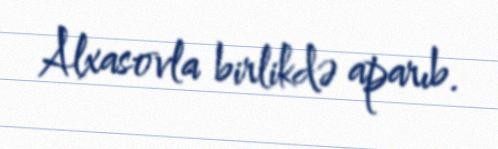
Alxasovla birlikdə aparıb.